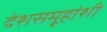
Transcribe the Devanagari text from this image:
देशसमू्हांशी